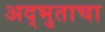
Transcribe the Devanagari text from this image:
अद्भुताचा